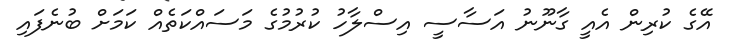
އޭގެ ކުރިން އެއީ ގާނޫނު އަސާސީ އިސްލާހު ކުރުމުގެ މަސައްކަތެއް ކަމަށް ބުނެފައި